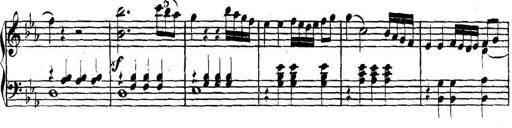
Title: Collected Piano Sonatas
Composer: Muzio Clementi